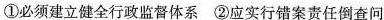
①必须建立健全行政监督体系 ②应实行错案责任倒查问